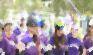
ঘুচাইয়া